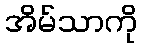
အိမ်သာကို